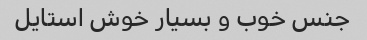
جنس خوب و بسیار خوش استایل